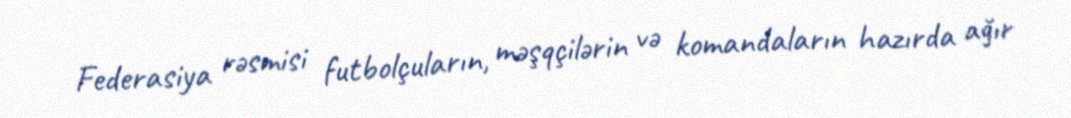
Federasiya rəsmisi futbolçuların, məşqçilərin və komandaların hazırda ağır